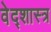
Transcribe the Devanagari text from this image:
वेद्शास्त्र